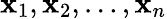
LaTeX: \mathbf{x}_{1},\mathbf{x}_{2},\ldots,\mathbf{x}_{n}